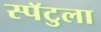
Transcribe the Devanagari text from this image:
स्पॅटुला